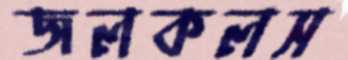
জলকলস